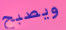
ويصبح